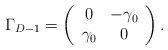
\begin{align*}\Gamma_{D-1} = \left(\begin{array}{cc} 0 & -\gamma_0\\ \gamma_0 &0\end{array}\right).\end{align*}